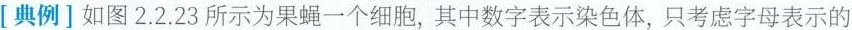
[典例]如图2.2.23所示为果蝇一个细胞，其中数字表示染色体，只考虑字母表示的